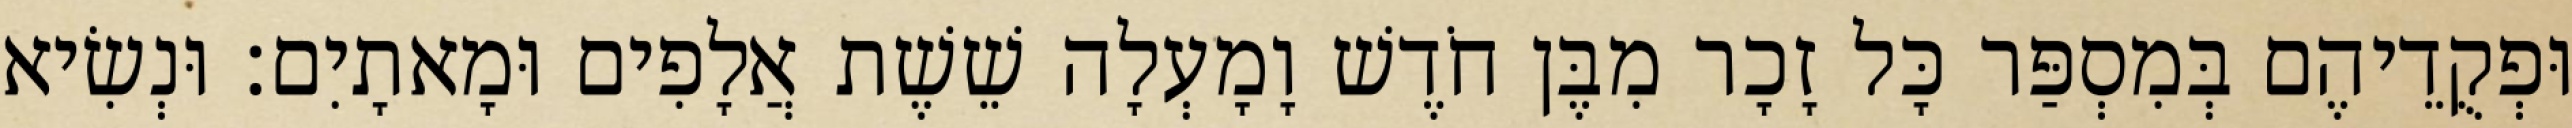
וּפְקֻדֵיהֶם בְּמִסְפַּר כָּל זָכָר מִבֶּן חֹדֶשׁ וָמָעְלָה שֵׁשֶׁת אֲלָפִים וּמָאתָיִם׃ וּנְשִׂיא